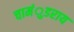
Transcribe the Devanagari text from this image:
चामंुडराय